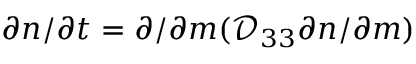
\partial n / \partial t = \partial / \partial m ( \mathcal { D } _ { 3 3 } \partial n / \partial m )